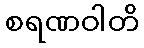
စရဏဝါတိ